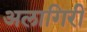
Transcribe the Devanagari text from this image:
अलागिरी